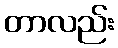
တာလည်း